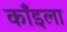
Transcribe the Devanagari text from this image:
काँइला